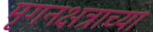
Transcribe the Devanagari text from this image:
मृगनक्षत्राच्या